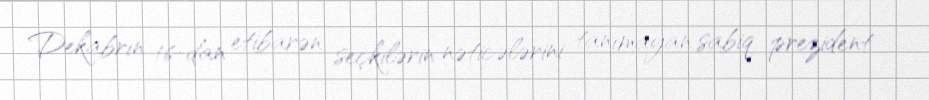
Dekabrın 16-dan etibarən seçkilərin nəticələrini tanımayan sabiq prezident